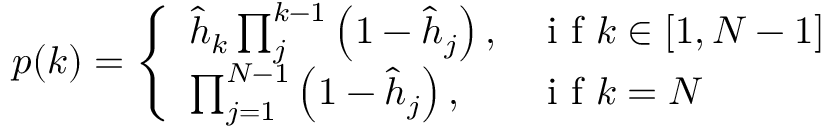
\begin{array} { r } { p ( k ) = \left\{ \begin{array} { l l } { \hat { h } _ { k } \prod _ { j } ^ { k - 1 } \left( 1 - \hat { h } _ { j } \right) , } & { \mathrm { ~ i ~ f ~ } k \in [ 1 , N - 1 ] } \\ { \prod _ { j = 1 } ^ { N - 1 } \left( 1 - \hat { h } _ { j } \right) , } & { \mathrm { ~ i ~ f ~ } k = N } \end{array} \right. } \end{array}